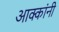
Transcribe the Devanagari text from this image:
आक्कांनी